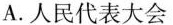
A.人民代表大会